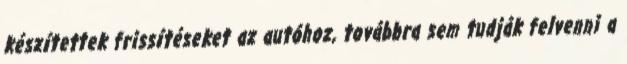
készítettek frissítéseket az autóhoz, továbbra sem tudják felvenni a